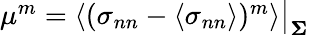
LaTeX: \begin{array}{r}{\mu^{m}=\left\langle(\sigma_{nn}-\left\langle\sigma_{nn}\right\rangle)^{m}\right\rangle\big\vert_{\mathbf{\Sigma}}}\end{array}